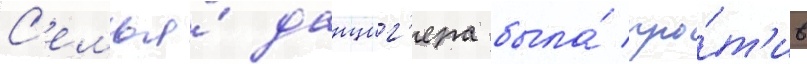
С'емья́ данциг'ера была́ про́т'ив